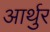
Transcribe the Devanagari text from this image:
आर्थुर